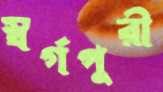
স্বর্গপুরী